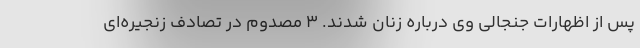
پس از اظهارات جنجالی وی درباره زنان شدند. ۳ مصدوم در تصادف زنجیره‌ای